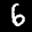
Label: 6